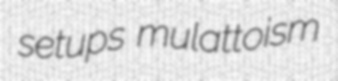
setups mulattoism